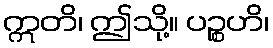
ဣတိ၊ ဤသို့။ ပဉ္စဟိ၊